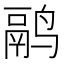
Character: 鹝